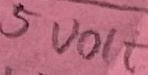
Text: 4VOLT